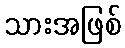
သားအဖြစ်